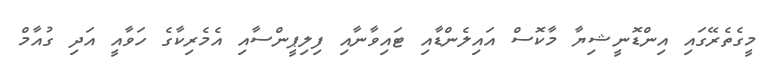
މީގެތެރޭގައި އިންޑޮނީޝިޔާ މާކޮސް އައިލެންޑާއި ޓައިވާނާއި ފިލިޕީންސާއި އެމެރިކާގެ ހަވާއީ އަދި ގުއާމް